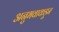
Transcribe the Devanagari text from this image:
अनुभवाकडून